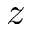
z